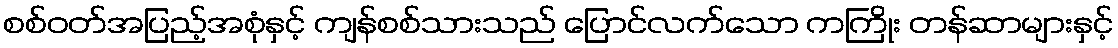
စစ်ဝတ်အပြည့်အစုံနှင့် ကျန်စစ်သားသည် ပြောင်လက်သော ကကြိုး တန်ဆာများနှင့်